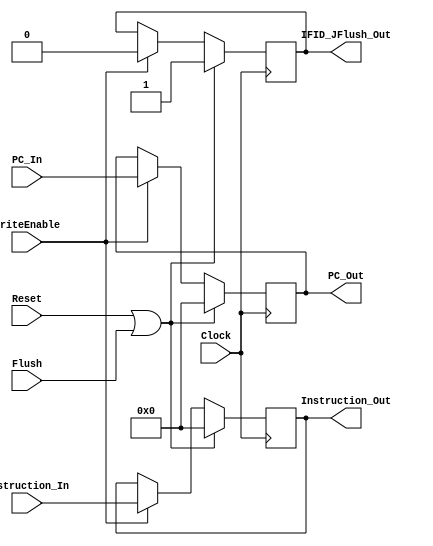
`timescale 1ns / 1ps
//////////////////////////////////////////////////////////////////////////////////
// Company: 
// Engineer: 
// 
// Design Name: 
// Module Name: STAGE_REG_1
// Project Name: 
// Target Devices: 
// Tool Versions: 
// Description: 
// 
// Dependencies: 
// 
// Revision:
// Revision 0.01 - File Created
// Additional Comments:
// 
//////////////////////////////////////////////////////////////////////////////////


module IFID_Reg(Clock, Reset, Flush , WriteEnable, Instruction_In, Instruction_Out, PC_In, PC_Out, IFID_JFlush_Out);

    input Clock, Reset, Flush, WriteEnable;
    
    input [31:0] Instruction_In, PC_In;
    
    output reg [31:0] Instruction_Out, PC_Out;
    
    output reg IFID_JFlush_Out = 0;
    
    initial begin
        Instruction_Out <= 32'b0;
        PC_Out <= 32'b0;
    end
    
    always @(posedge Clock) begin
        if(Reset || Flush) begin
            Instruction_Out <= 32'b0;
            PC_Out <= 32'b0;
            IFID_JFlush_Out = 1;
        end else begin
            if(WriteEnable)begin
                PC_Out <= PC_In;
                Instruction_Out <= Instruction_In;
                IFID_JFlush_Out <= 0;
            end
        end
    end
endmodule